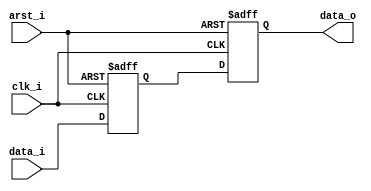
// This program was cloned from: https://github.com/IObundle/iob-ila
// License: MIT License

`timescale 1ns / 1ps

module ila_sig_clk #(
   parameter W = 0
) (
   input clk_i,
   input arst_i,
   input [W-1:0] data_i,
   output reg [W-1:0] data_o
);
   reg [W-1:0] data_sync_0, data_sync_1;
   always @(posedge clk_i, posedge arst_i)
     if(arst_i) begin
       data_sync_0 <= 0;
       data_sync_1 <= 0;
     end else begin
       data_sync_0 <= data_i;
       data_sync_1 <= data_sync_0;
     end
     always @* data_o = data_sync_1;
endmodule